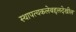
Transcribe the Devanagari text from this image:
स्थापत्यकलेबद्दलदेखील